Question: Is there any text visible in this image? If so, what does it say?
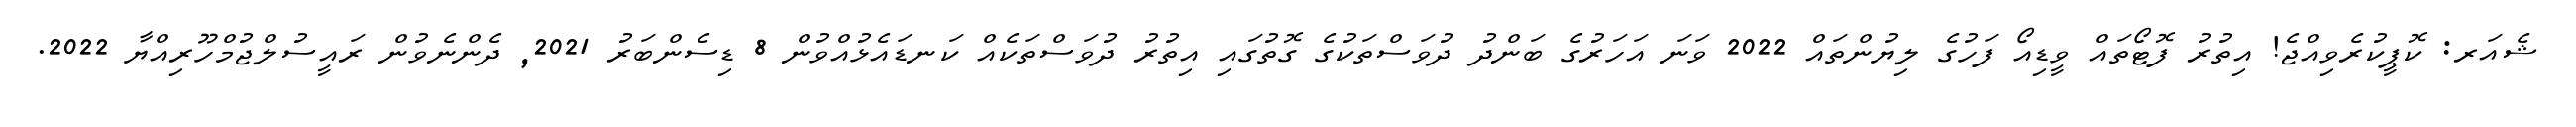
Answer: ޝެއަރ: ކޮޕީކުރެވިއްޖެ! އިތުރު ފޮޓޯތައް ވީޑިއޯ ފަހުގެ ލިޔުންތައް 2022 ވަނަ އަހަރުގެ ބަންދު ދުވަސްތަކުގެ ގޮތުގައި އިތުރު ދުވަސްތަކެއް ކަނޑައެޅުއްވުން 8 ޑިސެންބަރު 2021, ދެންނެވުން ރައީސުލްޖުމްހޫރިއްޔާ 2022.